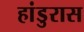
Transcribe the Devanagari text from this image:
हांडुरास